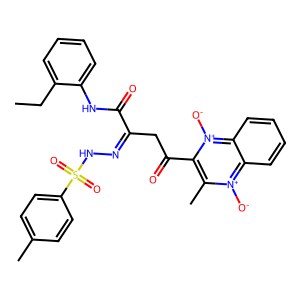
SMILES: CCc1ccccc1NC(=O)C(CC(=O)c1c(C)[n+]([O-])c2ccccc2[n+]1[O-])=NNS(=O)(=O)c1ccc(C)cc1
Inhibits HIV replication: No